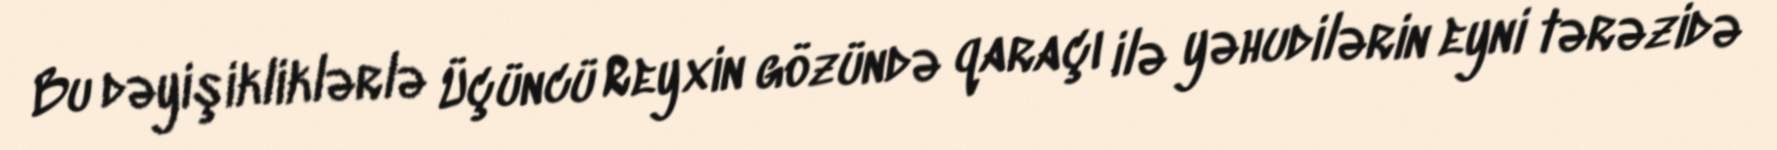
Bu dəyişikliklərlə Üçüncü Reyxin gözündə qaraçı ilə yəhudilərin eyni tərəzidə